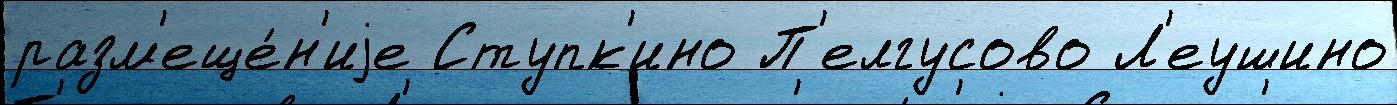
разм'еще́н'иjе Ступк'ино П'елгусово Л'еушино